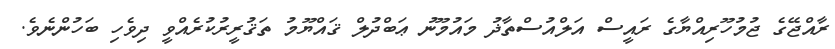
ރާއްޖޭގެ ޖުމުހޫރިއްޔާގެ ރައީސް އަލްއުސްތާޛު މައުމޫނު ޢަބްދުލް ޤައްޔޫމު ތަޤުރީރުކުރެއްވީ ދިވެހި ބަހުންނެވެ.